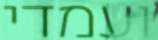
ועמדי